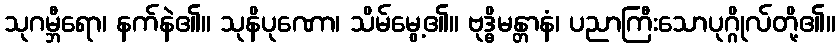
သုဂမ္ဘီရော၊ နက်နဲ၏။ သုနိပုဏော၊ သိမ်မွေ့၏။ ဗုဒ္ဓိမန္တာနံ၊ ပညာကြီးသောပုဂ္ဂိုလ်တို့၏။